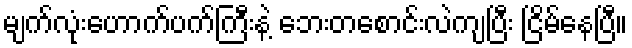
မျက်လုံးဟောက်ပက်ကြီးနဲ့ ဘေးတစောင်းလဲကျပြီး ငြိမ်နေပြီ။